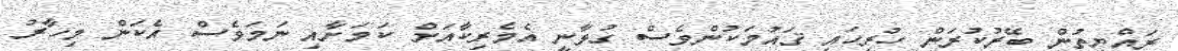
ރައްޔިތުން ބޭރުކުރަން ހުރިހައި ޤައުމަކުންވެސް ގުޅާނީ އެމެރިކާއަށް ކަމަށާއި ނަމަވެސް އެކަން މިހާރު